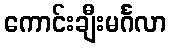
ကောင်းချီးမင်္ဂလာ